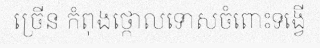
ច្រើន កំពុងថ្កោលទោសចំពោះទង្វើ